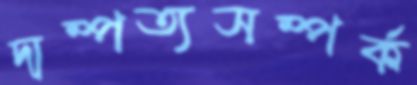
দাম্পত্যসম্পর্ক